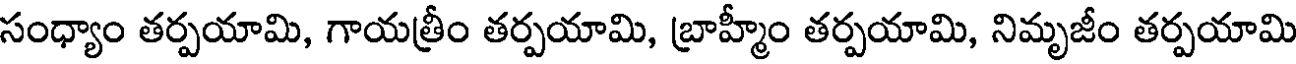
సంధ్యాం తర్పయామి, గాయత్రీం తర్పయామి, బ్రాహ్మీం తర్పయామి, నిమృజీం తర్పయామి